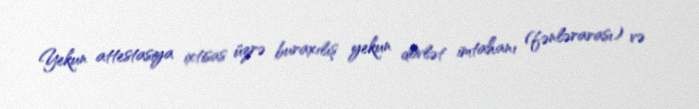
Yekun attestasiya ixtisas üzrə buraxılış yekun dövlət imtahanı (fənlərarası) və